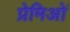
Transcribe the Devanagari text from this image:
प्रेमिओं